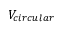
V _ { c i r c u l a r }